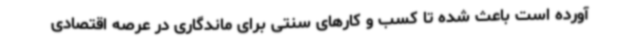
آورده است باعث شده تا کسب و کارهای سنتی برای ماندگاری در عرصه اقتصادی